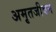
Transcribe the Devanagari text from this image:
अमृतजीवन